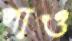
পাও